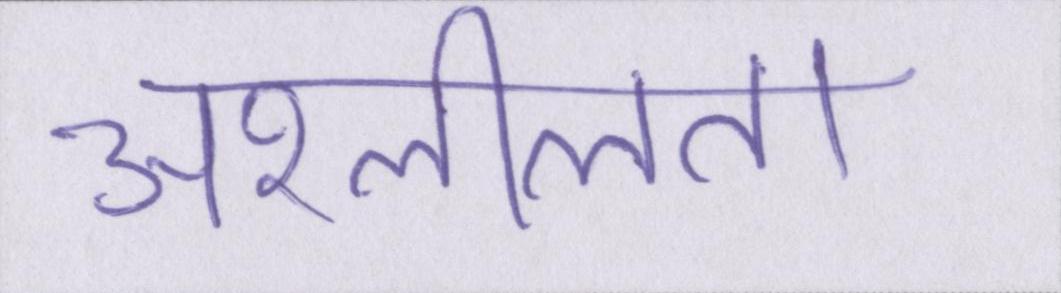
अश्लीलता